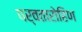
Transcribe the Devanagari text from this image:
पर्वतारोहिण